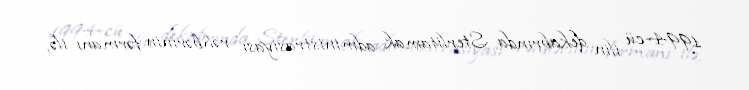
1994-cü ilin dekabrında Sterlitamak administrasiyası rəhbərinin fərmanı ilə,